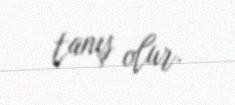
tanış olur.